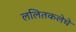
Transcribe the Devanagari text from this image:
ललितकलेचे